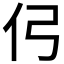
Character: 𰁣